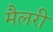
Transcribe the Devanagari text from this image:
मैलरी